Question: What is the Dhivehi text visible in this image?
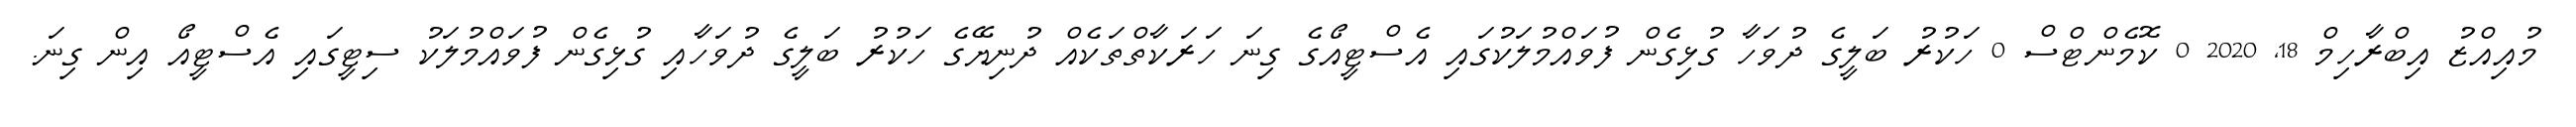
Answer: މުއިއްޒު އިބްރާހިމް 18, 2020 0 ކޮމެންޓްސް 0 ހަކުރު ބަލީގެ ދުވަހާ ގުޅިގެން ފުވައްމުލަކުގައި އެސްޓީއޯގެ ގިނަ ހަރަކާތްތަކެއް ދުނިޔޭގެ ހަކުރު ބަލީގެ ދުވަހާއި ގުޅިގެން ފުވައްމުލަކު ސިޓީގައި އެސްޓީއޯ އިން ގިނަ.